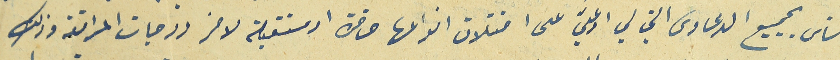
الناس بجميع الدعاوى التي لي او عليّ على اختلاف انواعها حاضرة او مستقبلية لاخر درجات المرافعة وذلك